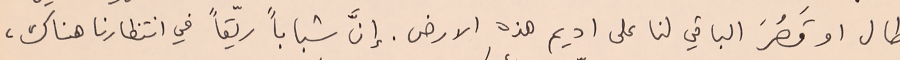
طال او قَصُرَ الباقي لنا على اديم هذه الارض. إنَّ شباباً ريّعاً في انتظارنا هناك،